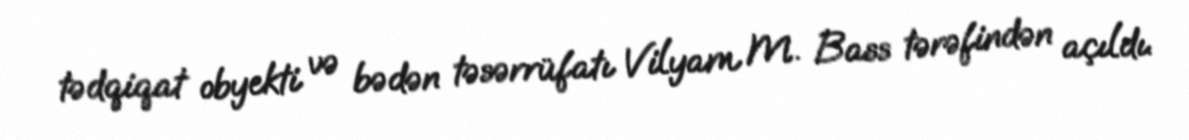
tədqiqat obyekti və bədən təsərrüfatı Vilyam M. Bass tərəfindən açıldı.